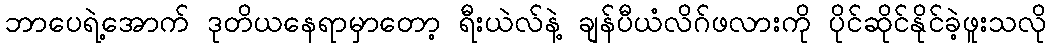
ဘာပေရဲ့အောက် ဒုတိယနေရာမှာတော့ ရီးယဲလ်နဲ့ ချန်ပီယံလိဂ်ဖလားကို ပိုင်ဆိုင်နိုင်ခဲ့ဖူးသလို